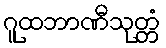
ဂူထဘာဏီသုတ္တံ